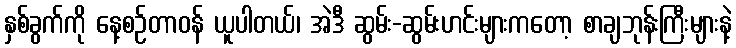
နှစ်ခွက်ကို နေ့စဉ်တာဝန် ယူပါတယ်၊ အဲဒီ ဆွမ်း-ဆွမ်းဟင်းများကတော့ စာချဘုန်းကြီးများနဲ့